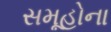
સમૂહોના